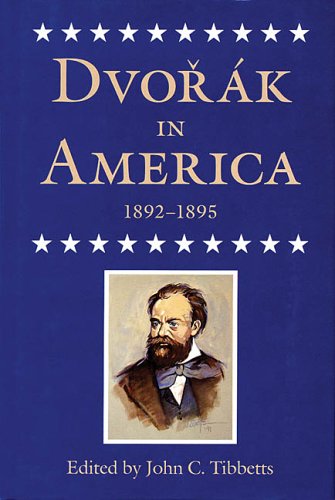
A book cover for Dvorak in America, 1892-1895; John C. Tibbetts; Romance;